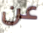
عن